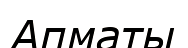
Апматы